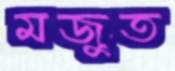
মজুত